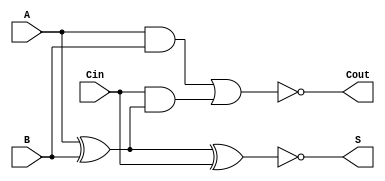
module NegativeCircuitFullAdder (
    input  wire A,    // First input bit
    input  wire B,    // Second input bit
    input  wire Cin,  // Carry-in bit
    output wire S,    // Sum output
    output wire Cout   // Carry-out output
);

// Internal wires for intermediate calculations
wire AxorB;        // A XOR B
wire AxorB_not;    // NOT(A XOR B)
wire A_and_B;      // A AND B
wire Cin_and_AxorB; // Cin AND (A XOR B)

// Logic for Sum (in negative logic)
assign AxorB = A ^ B;                     // A XOR B
assign S = ~(AxorB ^ Cin);                 // S = NOT(A XOR B XOR Cin)

// Logic for Carry-out (in negative logic)
assign A_and_B = A & B;                    // A AND B
assign Cin_and_AxorB = Cin & AxorB;        // Cin AND (A XOR B)
assign Cout = ~(A_and_B | Cin_and_AxorB);  // Cout = NOT((A AND B) OR (Cin AND (A XOR B)))

endmodule